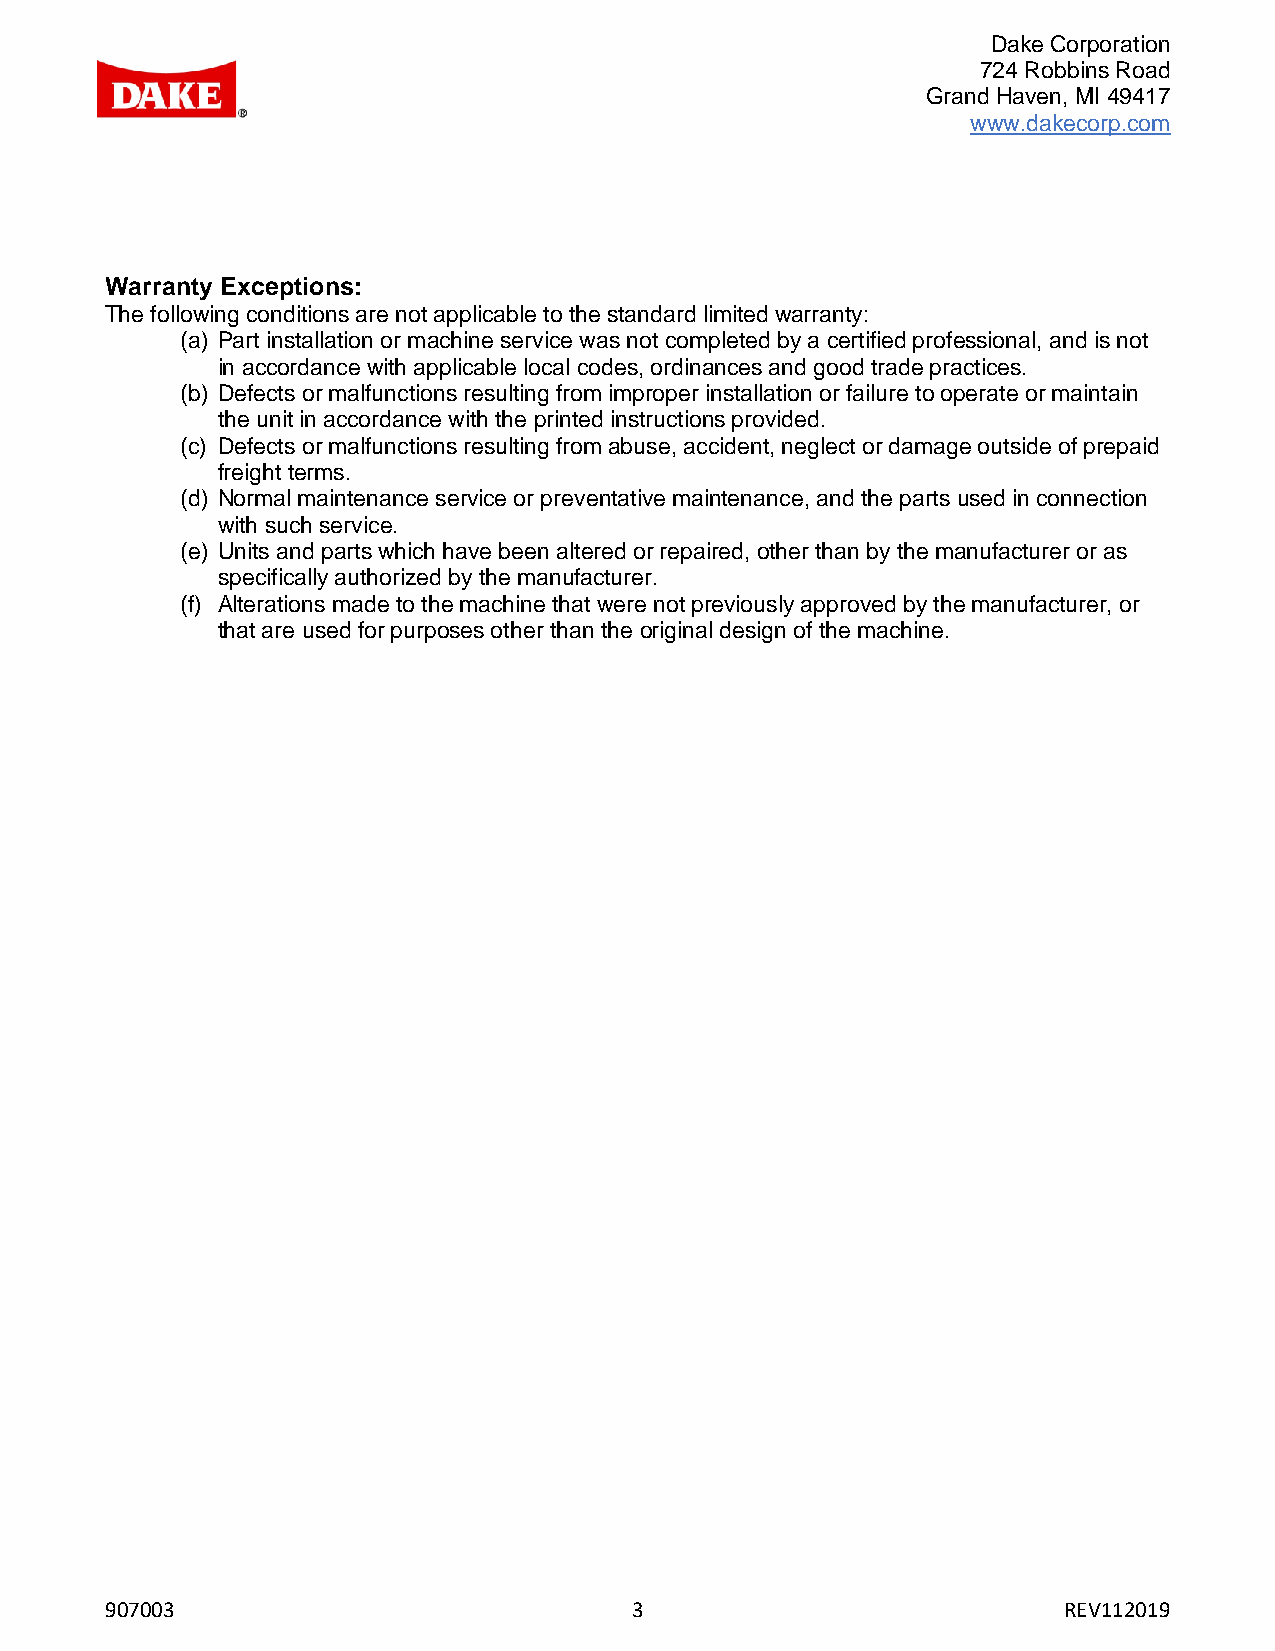
Dake Corporation
 724 Robbins Road
 Grand Haven, MI 49417
 www.dakecorp.com
 Warranty Exceptions:
 The following conditions are not applicable to the standard limited warranty:
 (a) Part installation or machine service was not completed by a certified professional, and is not
 in accordance with applicable local codes, ordinances and good trade practices.
 (b) Defects or malfunctions resulting from improper installation or failure to operate or maintain
 the unit in accordance with the printed instructions provided.
 (c) Defects or malfunctions resulting from abuse, accident, neglect or damage outside of prepaid
 freight terms.
 (d) Normal maintenance service or preventative maintenance, and the parts used in connection
 with such service.
 (e) Units and parts which have been altered or repaired, other than by the manufacturer or as
 specifically authorized by the manufacturer.
 (f) Alterations made to the machine that were not previously approved by the manufacturer, or
 that are used for purposes other than the original design of the machine.
 907003                             3                           REV112019